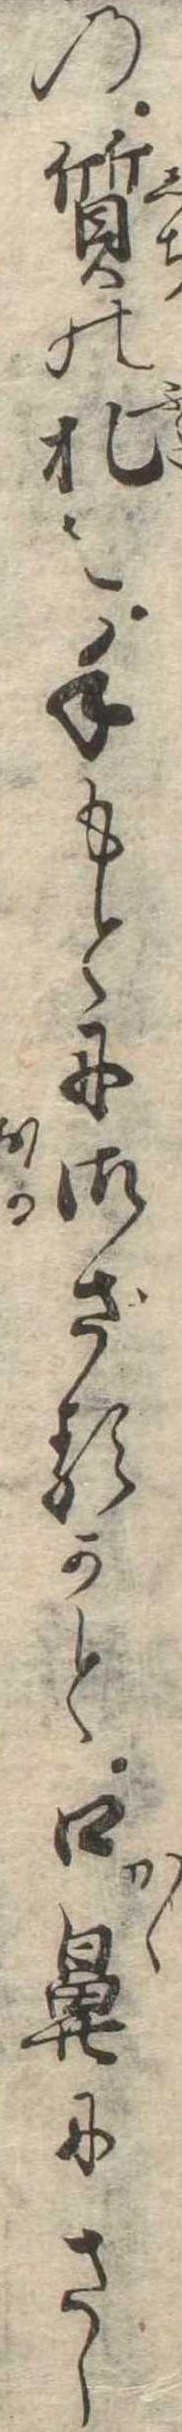
の質の札を手もとに御ざるかと口鼻にさゝ